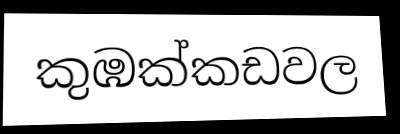
කුඹක්කඩවල